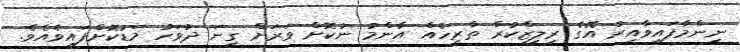
ނިންމާފައިވާއިރު އޭގެ ރިލީޒްކުރާ ތާރީހެއް އާންމު ނުކޮށް ވަރަށް ގިނަ ދުވަހު މަޑުކޮށްފައިވެއެވެ.